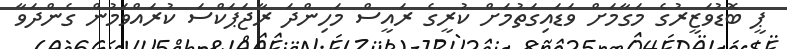
ޕީ ބޮޑުވަޒީރުގެ މަގާމަށް ވަޑައިގަތުމަށް ކުރީގެ ރައީސް މަހިންދަ ރާޖަޕަކްސަ ކުރައްވަމުން ގެންދަވާ